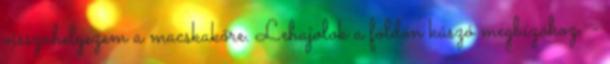
visszahelyezem a macskakőre. Lehajolok a földön kúszó megbízóhoz. -